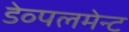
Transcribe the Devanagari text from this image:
डेव्पलमेन्ट